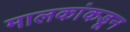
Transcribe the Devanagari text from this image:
मालकांकडून